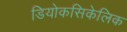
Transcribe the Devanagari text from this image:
डियोकसिकेलिक